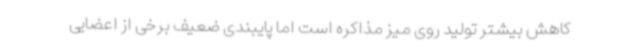
کاهش بیشتر تولید روی میز مذاکره است اما پایبندی ضعیف برخی از اعضایی